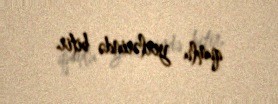
qumlu yerlərində bitir.